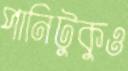
পানিটুকুও